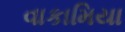
વાકામિયા